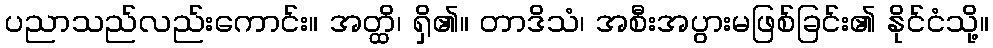
ပညာသည်လည်းကောင်း။ အတ္ထိ၊ ရှိ၏။ တာဒိသံ၊ အစီးအပွားမဖြစ်ခြင်း၏ နိုင်ငံသို့။